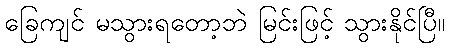
ခြေကျင် မသွားရတော့ဘဲ မြင်းဖြင့် သွားနိုင်ပြီ။